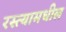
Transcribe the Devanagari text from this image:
रस्त्यामधील